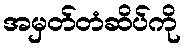
အမှတ်တံဆိပ်ကို